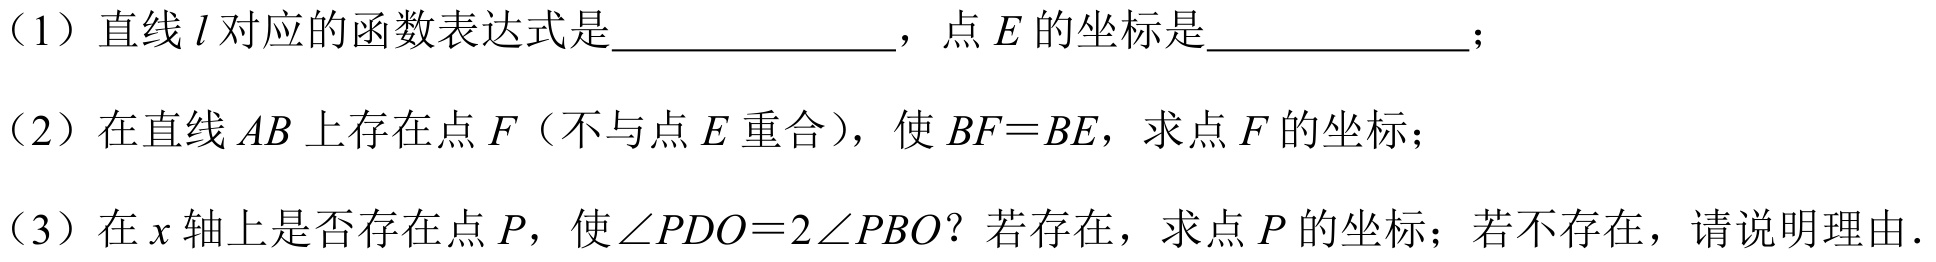
（1）直线\(l\)对应的函数表达式是  ，点\(E\)的坐标是  ；
（2）在直线\(AB\)上存在点\(F\)（不与点\(E\)重合），使\(BF = BE\)，求点\(F\)的坐标；
（3）在\(x\)轴上是否存在点\(P\)，使\(\angle PDO = 2\angle PBO\)？若存在，求点\(P\)的坐标；若不存在，请说明理由.